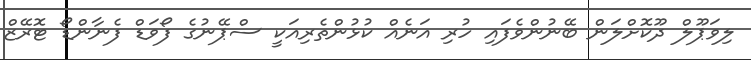
ލިވަޕޫލް ދޫކޮށްލަން ބޭނުންވެފައި ހުރި އަނެއް ކުޅުންތެރިއަކީ ސްޕޭނުގެ ފޯވަޑް ފެނާންޑޯ ޓޮރޭޒް